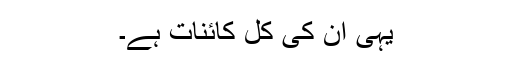
یہی ان کی کل کائنات ہے۔